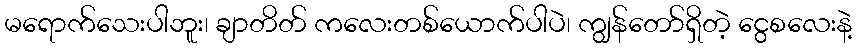
မရောက်သေးပါဘူး၊ ချာတိတ် ကလေးတစ်ယောက်ပါပဲ၊ ကျွန်တော်ရှိတဲ့ ငွေစလေးနဲ့